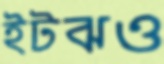
ইটঝও